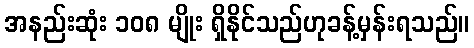
အနည်းဆုံး ၁၀၈ မျိုး ရှိနိုင်သည်ဟုခန့်မှန်းရသည်။